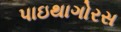
પાઇથાગોરસ